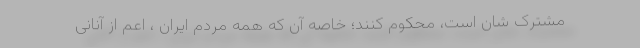
مشترک شان است، محکوم کنند؛ خاصه آن که همه مردم ایران ، اعم از آنانی